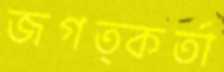
জগত্কর্তা